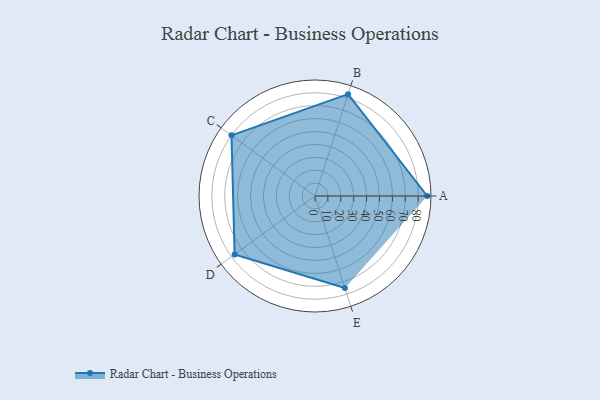
{"axis": {"x": "Skill", "y": "Score"}, "legend": ["Profile"], "data": [{"x": "A", "y": 87.0, "type": "Profile"}, {"x": "B", "y": 83.0, "type": "Profile"}, {"x": "C", "y": 80.0, "type": "Profile"}, {"x": "D", "y": 77.0, "type": "Profile"}, {"x": "E", "y": 75.0, "type": "Profile"}]}